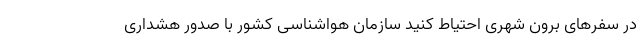
در سفرهای برون شهری احتیاط کنید سازمان هواشناسی کشور با صدور هشداری